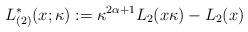
LaTeX: \begin{align*}L_{(2)}^*(x;\kappa) := \kappa^{2\alpha+1} L_2(x\kappa) - L_2(x)\end{align*}